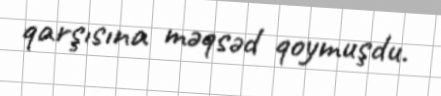
qarşısına məqsəd qoymuşdu.